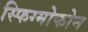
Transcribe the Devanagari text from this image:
स्फिग्मोफोन